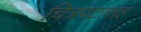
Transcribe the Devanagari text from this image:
चित्रपटासह